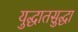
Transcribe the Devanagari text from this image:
युद्धातसुद्धा